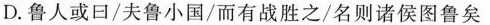
D鲁人或曰/夫鲁小国/而有战胜之/名则诸侯图鲁矣